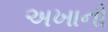
અખાનો